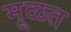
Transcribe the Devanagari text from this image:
मूळत